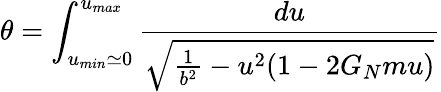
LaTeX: \theta=\int_{u_{min}\simeq 0}^{u_{max}}{\frac{du}{\sqrt{{\frac{1}{b^{2}}}-u^{2}(1-2G_{N}mu)}}}